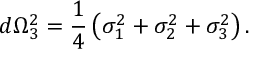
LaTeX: d \Omega _ { 3 } ^ { 2 } = \frac { 1 } { 4 } \left( \sigma _ { 1 } ^ { 2 } + \sigma _ { 2 } ^ { 2 } + \sigma _ { 3 } ^ { 2 } \right) .